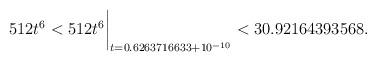
LaTeX: \begin{align*}512 t^6 < 512 t^6\biggr\rvert_{t=0.6263716633 + 10^{-10}} < 30.92164393568 .\end{align*}